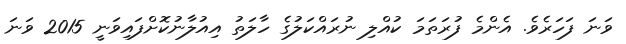
ވަނަ ފަހަރެވެ. އެންމެ ފުރަތަމަ ކުއްލި ނުރައްކަލުގެ ހާލަތު އިއުލާނުކޮށްފައިވަނީ 2015 ވަނަ